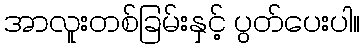
အာလူးတစ်ခြမ်းနှင့် ပွတ်ပေးပါ။